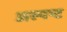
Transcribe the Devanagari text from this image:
अस्पष्ट